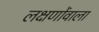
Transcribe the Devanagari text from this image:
लक्षणोंवाला